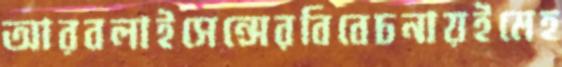
আরবলাইসেন্সেরবিবেচনায়ইমেহ